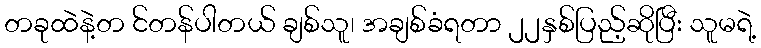
တခုထဲနဲ့တ င်တန်ပါတယ် ချစ်သူ၊ အချစ်ခံရတာ ၂၂နှစ်ပြည့်ဆိုပြီး သူမရဲ့